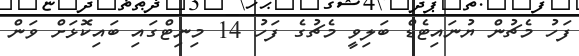
ފަހު މެޗުން ޔުނައިޓެޑް ބަލިވީ މެޗުގެ ފަހު 14 މިނިޓްގައި ބައިކޮޅަށް ވަން